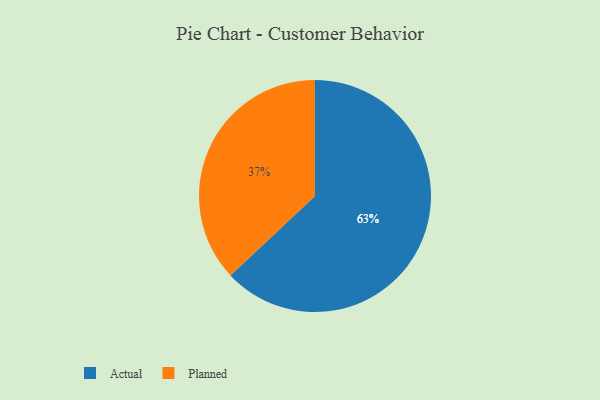
{"axis": {"x": "Category", "y": "Percentage"}, "legend": ["Actual", "Planned"], "data": [{"x": "Actual", "y": 63, "type": "Actual"}, {"x": "Planned", "y": 37, "type": "Planned"}]}